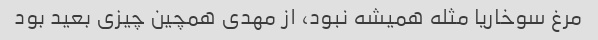
مرغ سوخاریا مثله همیشه نبود، از مهدی همچین چیزی بعید بود